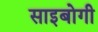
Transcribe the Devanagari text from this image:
साइबोगी